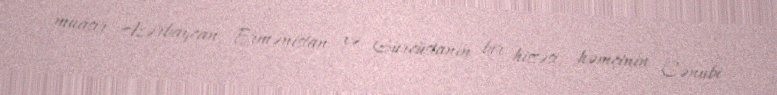
müasir Azərbaycan, Ermənistan və Gürcüstanın bir hissəsi, həmçinin Cənubi